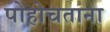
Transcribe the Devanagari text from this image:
पोहोचताना